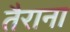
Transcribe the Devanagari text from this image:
तैराना